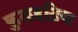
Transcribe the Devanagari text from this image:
कुलहड़िया